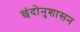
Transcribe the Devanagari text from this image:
छंदोनुशासन